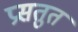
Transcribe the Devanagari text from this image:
प्रसतुत